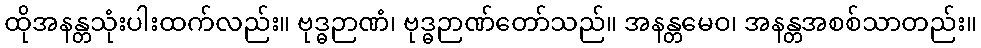
ထိုအနန္တသုံးပါးထက်လည်း။ ဗုဒ္ဓဉာဏံ၊ ဗုဒ္ဓဉာဏ်တော်သည်။ အနန္တမေဝ၊ အနန္တအစစ်သာတည်း။